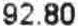
92.80